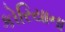
કોરિયાના